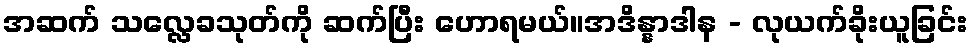
အဆက် သလ္လေခသုတ်ကို ဆက်ပြီး ဟောရမယ်။အဒိန္နာဒါန - လုယက်ခိုးယူခြင်း